Scottish Leaving Certificate Examination, 1960
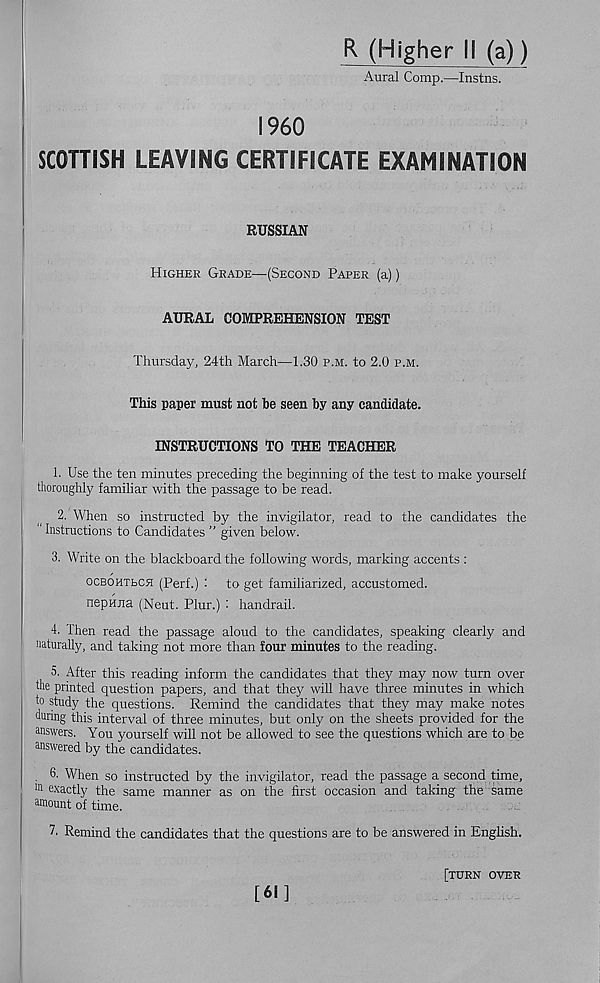
R (Higher II (a))
Aural Comp.—Instns.
1960
SCOTTISH LEAVING CERTIFICATE EXAMINATION
RUSSIAN
Higher Grade—(Second Paper (a))
AURAL COMPREHENSION TEST
Thursday, 24th March—1.30 p.m. to 2.0 p.m.
This paper must not be seen by any candidate.
INSTRUCTIONS TO THE TEACHER
1. Use the ten minutes preceding the beginning of the test to make yourself
thoroughly familiar with the passage to be read.
2. When so instructed by the invigilator, read to the candidates the
Instructions to Candidates ” given below.
3. Write on the blackboard the following words, marking accents :
OCBOHTECH (Perf.)
to get familiarized, accustomed.
nepHna (Neut. Plur.) : handrail.
4- Then read the passage aloud to the candidates, speaking clearly and
naturally, and taking not more than four minutes to the reading.
5- After this reading inform the candidates that they may now turn over
the printed question papers, and that they will have three minutes in which
to study the questions. Remind the candidates that they may make notes
during this interval of three minutes, but only on the sheets provided for the
answers. You yourself will not be allowed to see the questions which are to be
answered by the candidates.
. 6- When so instructed by the invigilator, read the passage a second time,
m exactly the same manner as on the first occasion and taking the same
amount of time.
7. Remind the candidates that the questions are to be answered in English.
[61]
[TURN OVER